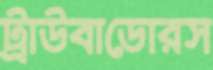
ট্রাউবাডোরস